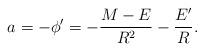
LaTeX: \begin{align*}a = - \phi ^\prime = - \frac{M - E}{R^2} - \frac{E^{\prime}}{R}.\end{align*}